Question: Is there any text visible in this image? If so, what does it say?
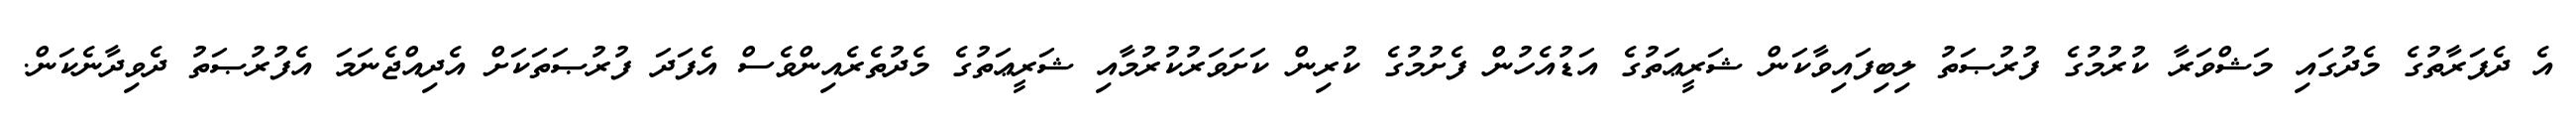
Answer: އެ ދެފަރާތުގެ މެދުގައި މަޝްވަރާ ކުރުމުގެ ފުރުޞަތު ލިބިފައިވާކަން ޝަރީޢަތުގެ އަޑުއެހުން ފެށުމުގެ ކުރިން ކަށަވަރުކުރުމާއި ޝަރީޢަތުގެ މެދުތެރެއިންވެސް އެފަދަ ފުރުޞަތަކަށް އެދިއްޖެނަމަ އެފުރުޞަތު ދެވިދާނެކަން.